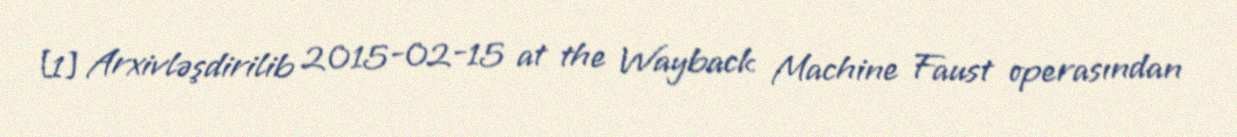
[1] Arxivləşdirilib 2015-02-15 at the Wayback Machine Faust operasından